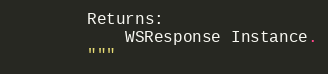
Language: Python
        Returns:
            WSResponse Instance.
        """